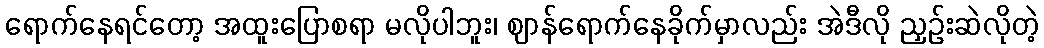
ရောက်နေရင်တော့ အထူးပြောစရာ မလိုပါဘူး၊ ဈာန်ရောက်နေခိုက်မှာလည်း အဲဒီလို ညှဉ်းဆဲလိုတဲ့